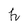
Character: h